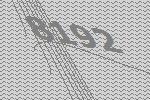
8192